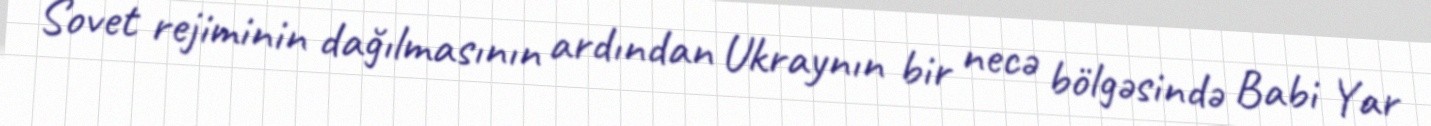
Sovet rejiminin dağılmasının ardından Ukraynın bir necə bölgəsində Babi Yar